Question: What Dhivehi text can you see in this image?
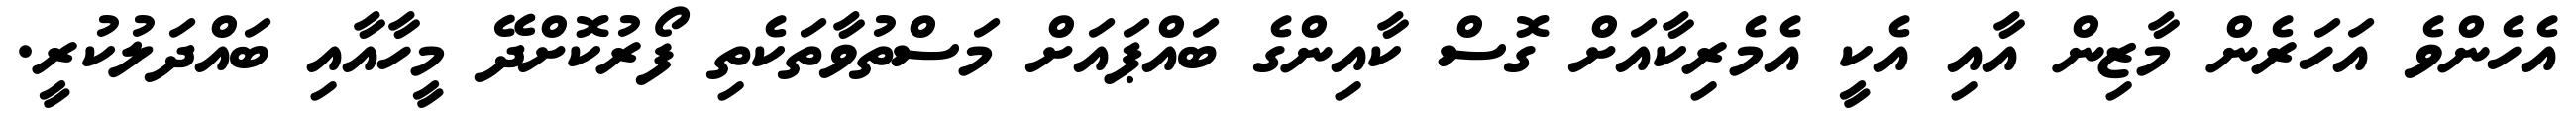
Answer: އެހެންވެ އަހަރެން މާޒިން އާއި އެކީ އެމެރިކާއަށް ގޮސް ކާއިންގެ ބައްޕައަށް މަސްތުވާތަކެތި ފޯރުކޮށްދޭ މީހާއާއި ބައްދަލުކުރީ.